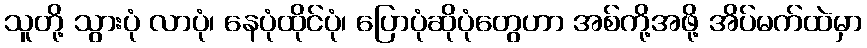
သူတို့ သွားပုံ လာပုံ၊ နေပုံထိုင်ပုံ၊ ပြောပုံဆိုပုံတွေဟာ အစ်ကို့အဖို့ အိပ်မက်ထဲမှာ